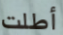
أطلت